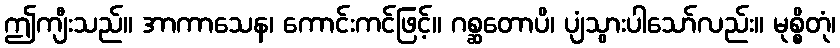
ဤကျီးသည်။ အာကာသေန၊ ကောင်းကင်ဖြင့်။ ဂစ္ဆတောပိ၊ ပျံသွားပါသော်လည်း။ မုစ္စိတုံ၊